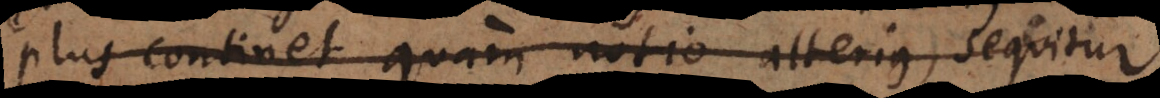
plus continet quam notio alterius, sequitur